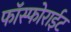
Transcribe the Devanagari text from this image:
फॉस्फोराईट